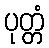
ပုတ္တံ